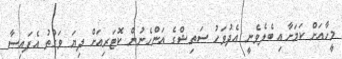
މީހާއަށް ކަމަށާއި ބެލެވެނީ އެދުވަހު ސަތިޝްގެ އަންހެނުން ކޮޓަރިއަށް ދިޔަ ވަގުތު އެފައިސާ